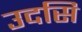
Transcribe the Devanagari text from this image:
उदसि